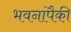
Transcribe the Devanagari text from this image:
भवनांपैकी